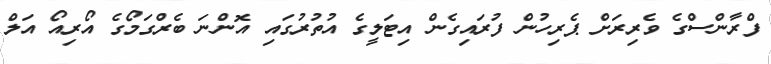
ފްރާންސްގެ ވެރިރަށް ޕެރިހުން ފުރައިގެން އިޓަލީގެ އުތުރުގައި އޮންނަ ބެރްގަމޯގެ އޯރިއޯ އަލް